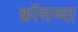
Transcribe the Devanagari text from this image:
क्रॉसच्या